Trukikaitis_Postimees, lk 36
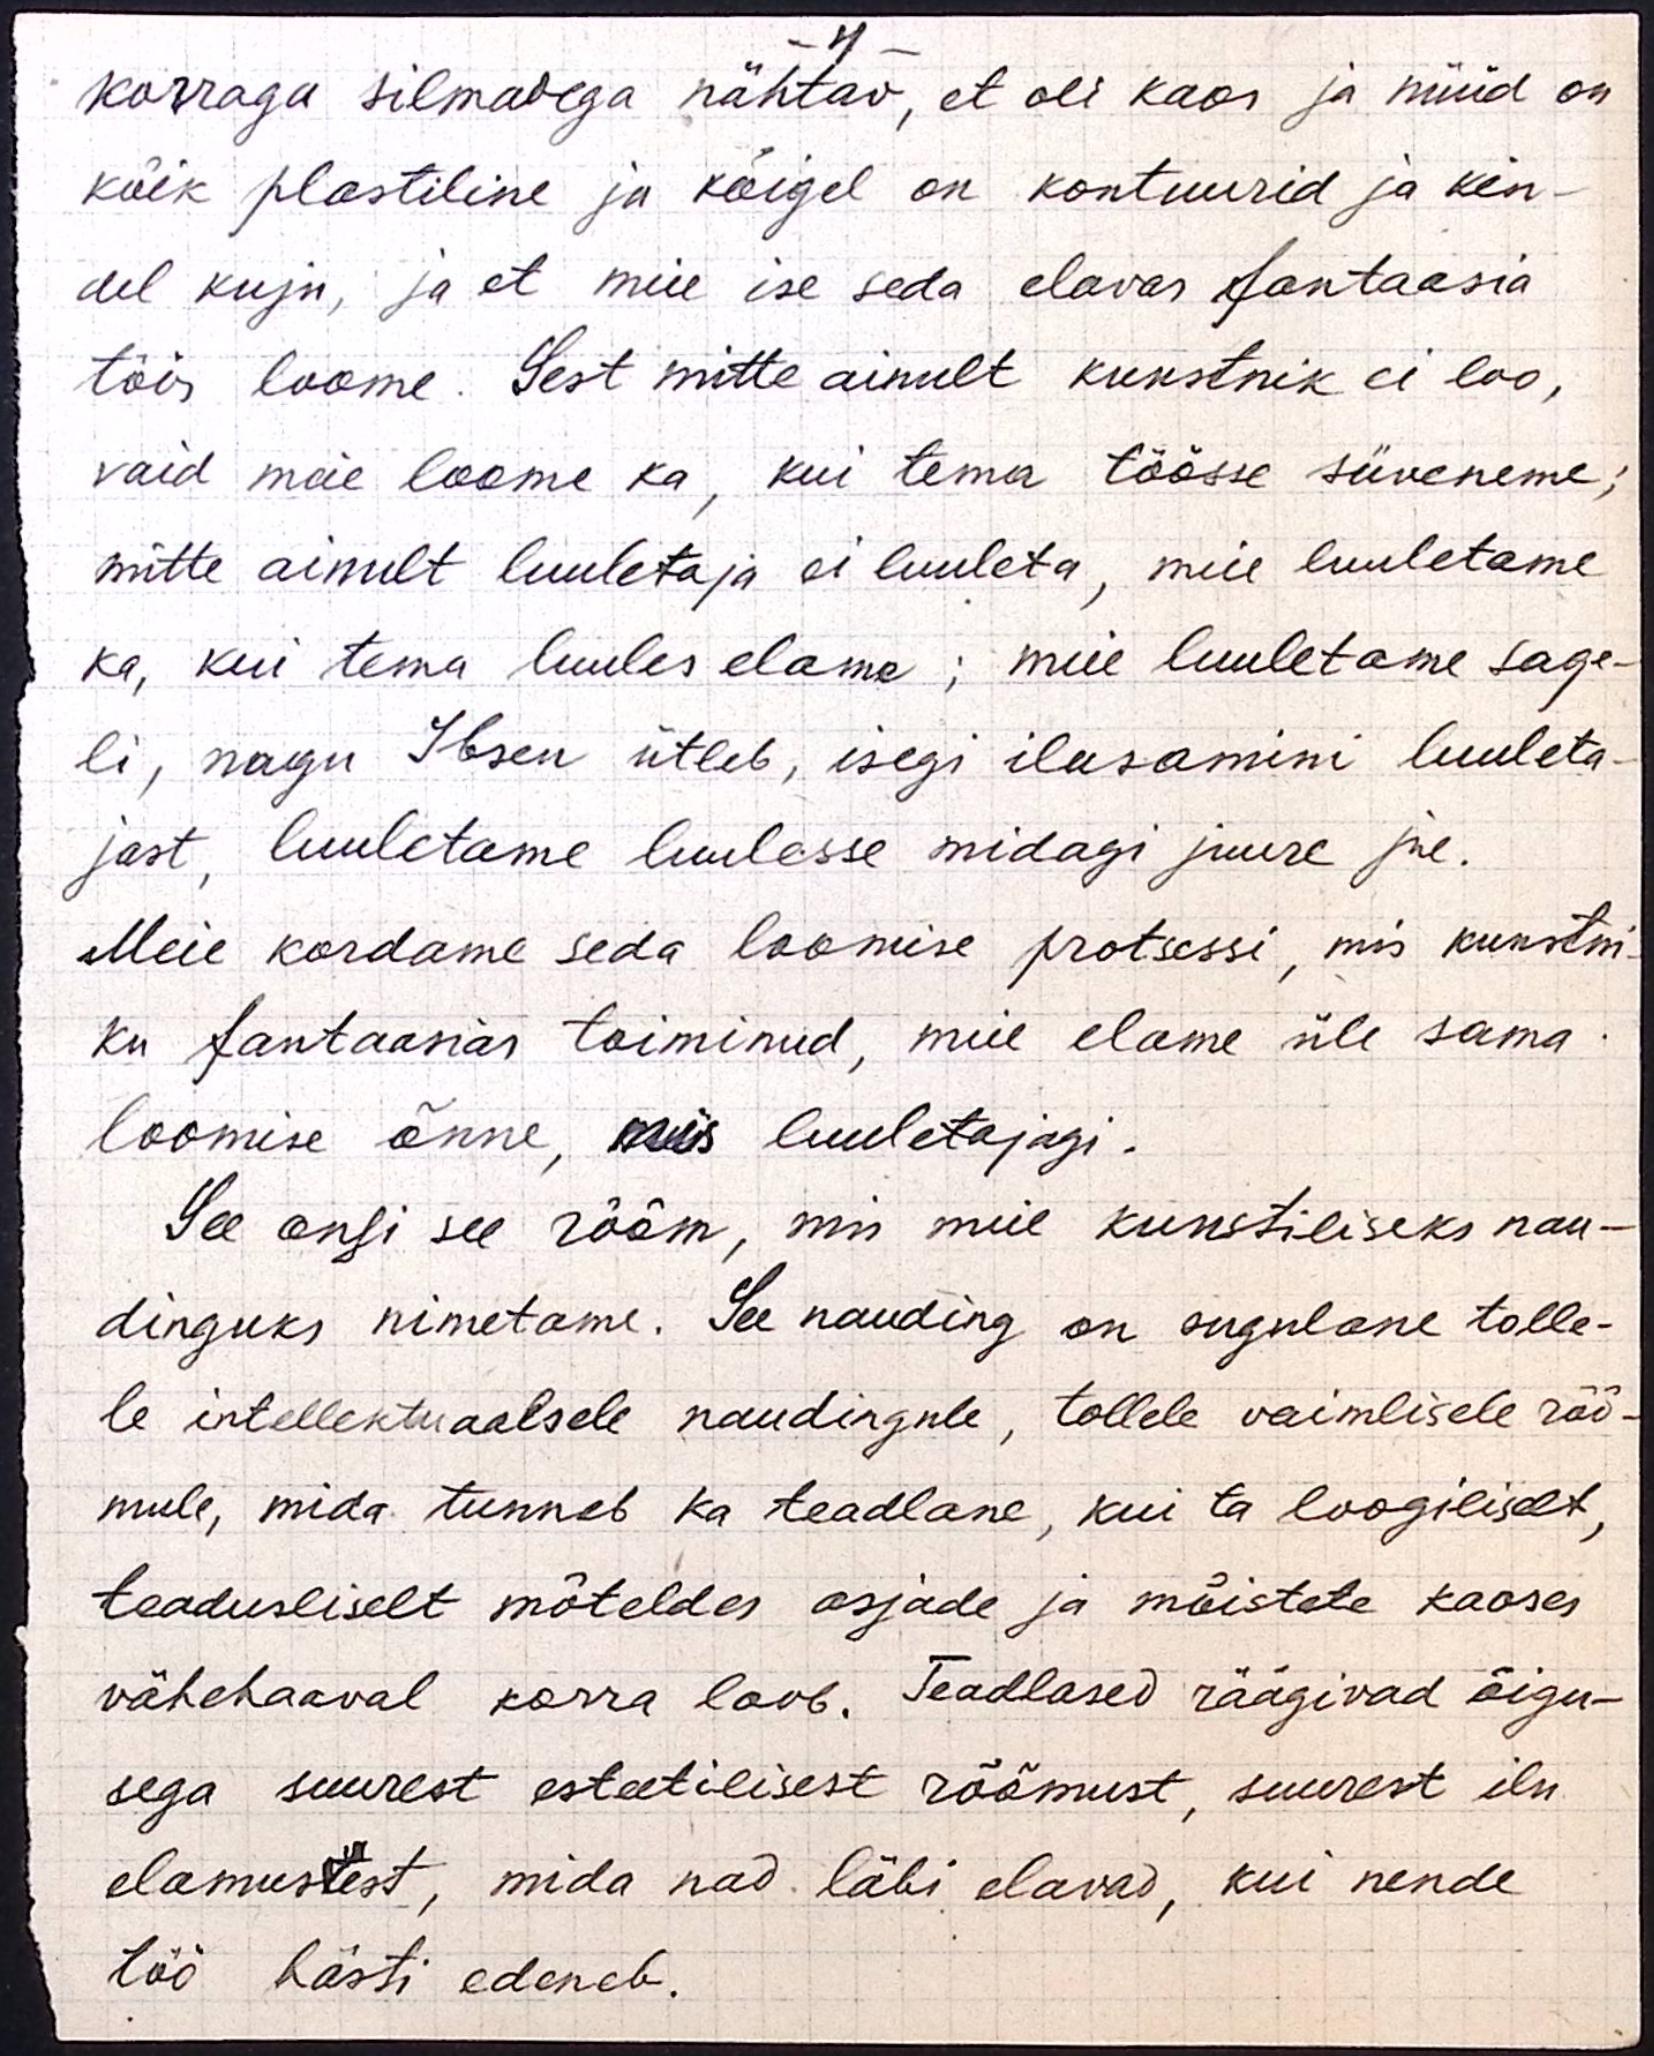
- 4 -
korraga silmadega nähtav, et oli kaos ja nüüd on
kõik plastiline ja kõigel on kontuurid ja kin-
del kuju, ja et meie ise seda elavas fantaasia
töös loome. Sest mitte ainult kunstnik ei loo,
vaid meie loome ka, kui tema töösse süveneme,
mitte ainult luuletaja ei luuleta, meie luuletame
ka, kui tema luules elame; meie luuletame sage-
li, nagu Ibsen ütleb, isegi ilusamini luuleta-
jast, luuletame luulesse midagi juure jne.
Meie kordame seda loomise protsessi, mis kunstni-
ku fantaasias toiminud, meie elame üle sama
loomise õnne, mis luuletajagi.
See ongi see rõõm, mis meie kunstiliseks nau-
dinguks nimetame. See nauding on sugulane tolle-
le intellektuaalsele naudingule, tollele vaimlisele rõõ-
mule, mida tunneb ka teadlane, kui ta loogiliselt,
teadusliselt mõteldes asjade ja mõistete kaoses
vähehaaval korra loob. Teadlased räägivad õigu-
sega suurest esteetilisest rõõmust, suurent ilu
elamustest, mida nad läbi elavad, kui nende
töö hästi edeneb.